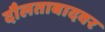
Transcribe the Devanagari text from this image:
दौलताबादवर